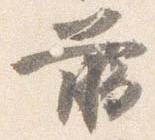
臈